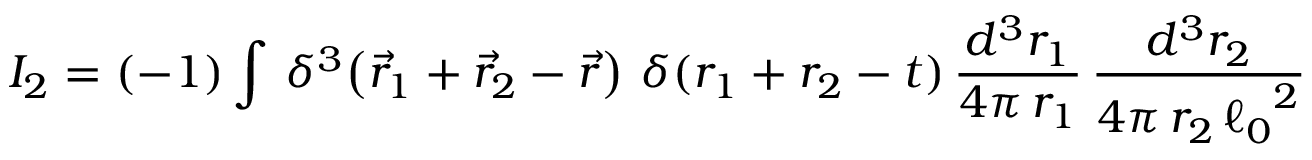
I _ { 2 } = ( - 1 ) \int \, \delta ^ { 3 } \! \left( { \vec { r } _ { 1 } + \vec { r } _ { 2 } - \vec { r } } \right) \, \delta ( r _ { 1 } + r _ { 2 } - t ) \, \frac { d ^ { 3 } r _ { 1 } } { 4 \pi \, r _ { 1 } } \, \frac { d ^ { 3 } r _ { 2 } } { 4 \pi \, r _ { 2 } \, { \ell _ { 0 } } ^ { 2 } }